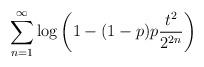
LaTeX: \begin{align*} \sum_{n=1}^\infty \log\left(1-(1-p)p\frac{t^2}{2^{2n}}\right)\end{align*}